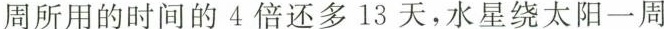
周所用的时间的4倍还多13天，水星绕太阳一周